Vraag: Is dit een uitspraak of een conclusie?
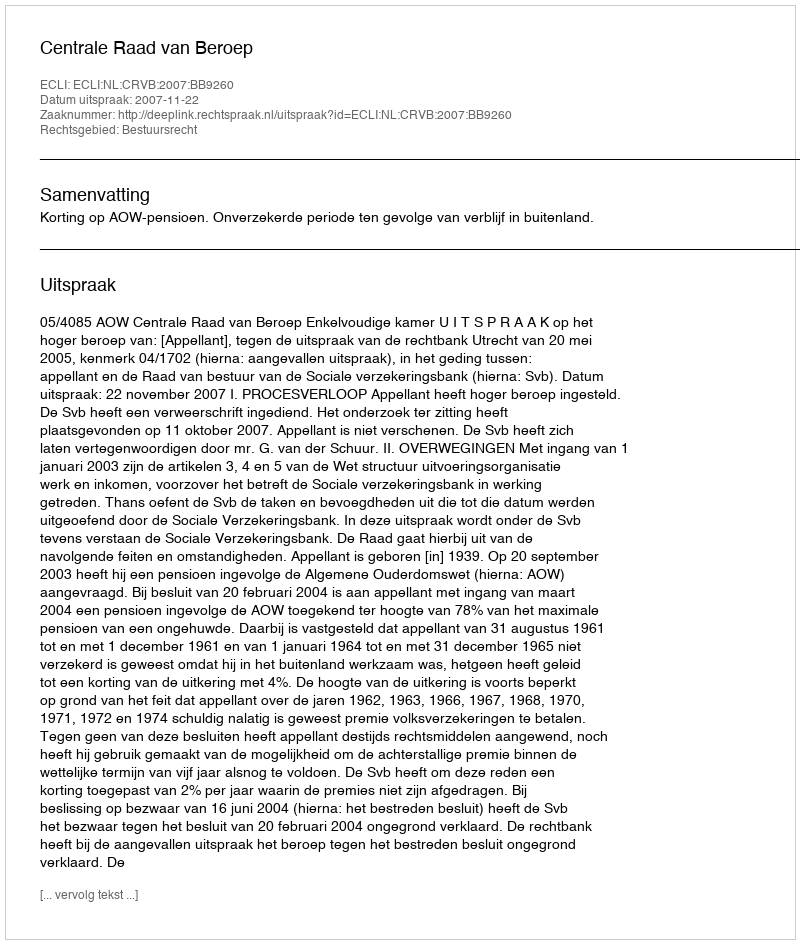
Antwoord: Uitspraak